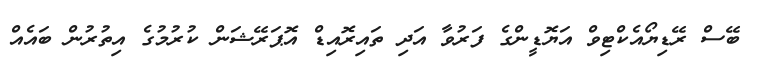
ބޭސް ރޭޑިޔޯއެކްޓިވް އަޔޮޑީންގެ ފަރުވާ އަދި ތައިރޮއިޑް އޮޕަރޭޝަން ކުރުމުގެ އިތުރުން ބައެއް